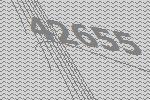
42655